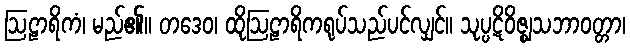
ဩဠာရိကံ၊ မည်၏။ တဒေဝ၊ ထိုဩဠာရိကရုပ်သည်ပင်လျှင်။ သုပ္ပဋိဝိဇ္ဈသဘာဝတ္တာ၊